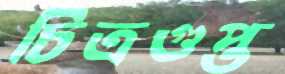
চিত্রগুপ্ত